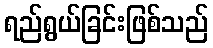
ရည်ရွယ်ခြင်းဖြစ်သည်